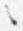
言